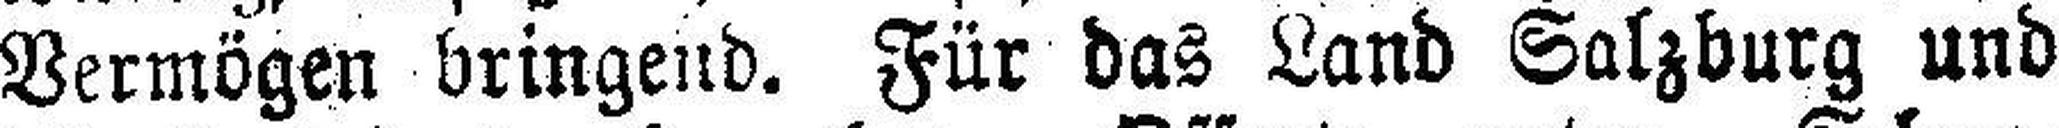
Vermögen bringend. Für das Land Salzburg und